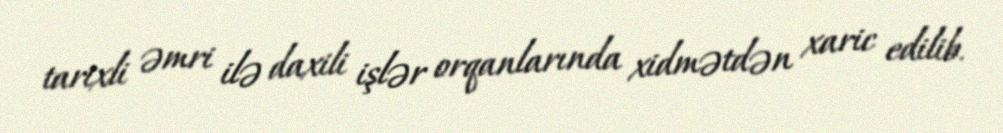
tarixli əmri ilə daxili işlər orqanlarında xidmətdən xaric edilib.